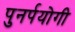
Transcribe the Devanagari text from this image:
पुनर्पयोगी